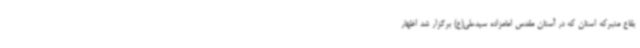
بقاع متبرکه استان که در آستان مقدس امامزاده سیدعلی(ع) برگزار شد اظهار